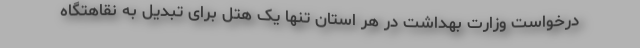
درخواست وزارت بهداشت در هر استان تنها یک هتل برای تبدیل به نقاهتگاه